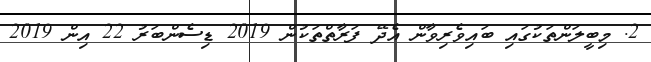
2. މިބީލަންތަކުގައި ބައިވެރިވާން އެދޭ ފަރާތްތަކުން 2019 ޑިސެންބަރު 22 އިން 2019